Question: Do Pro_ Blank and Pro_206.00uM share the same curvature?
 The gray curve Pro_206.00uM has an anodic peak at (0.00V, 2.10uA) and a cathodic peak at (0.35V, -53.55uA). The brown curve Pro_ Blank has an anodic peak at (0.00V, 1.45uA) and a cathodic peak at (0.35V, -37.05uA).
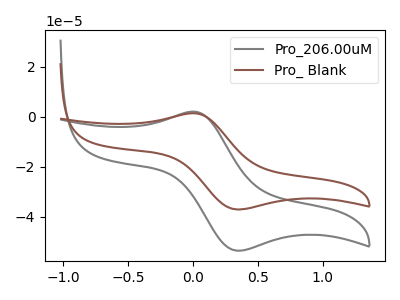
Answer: <think>All the peaks in "Pro_ Blank" have a peak in "Pro_206.00uM" at the same potential. Every peak in "Pro_ Blank" is lower than every peak in "Pro_206.00uM".
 </think>
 <answer>"Pro_ Blank" and "Pro_206.00uM" are similar in shape.</answer>
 <eval>same_shape</eval>